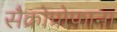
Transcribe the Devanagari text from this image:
सैक्रोप्रोफाना